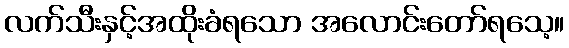
လက်သီးနှင့်အထိုးခံရသော အလောင်းတော်ရသေ့။